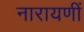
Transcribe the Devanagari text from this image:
नारायणीं